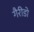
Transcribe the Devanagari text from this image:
गैरीडो